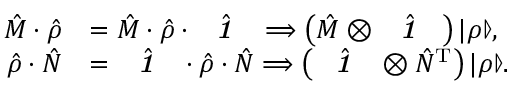
\begin{array} { r l } { \hat { M } \cdot \hat { \rho } } & { = \hat { M } \cdot \hat { \rho } \cdot \hat { \textbf { \textit { 1 } } \, } \Longrightarrow \left( \hat { M } \otimes \hat { \textbf { \textit { 1 } } \, } \right) | \rho \rrangle , } \\ { \hat { \rho } \cdot \hat { N } } & { = \hat { \textbf { \textit { 1 } } \, } \cdot \hat { \rho } \cdot \hat { N } \Longrightarrow \left( \hat { \textbf { \textit { 1 } } \, } \otimes \hat { N } ^ { \mathrm { T } } \right) | \rho \rrangle . } \end{array}